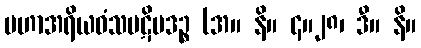
မဟာအရိယဝံသပဋိပဒဉ္စ (အ။ နိ။ ၄။၂၈၊ ဒီ။ နိ။